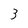
Character: 3